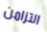
التزامن